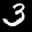
Label: 3